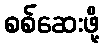
စစ်ဆေးဖို့